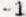
-1